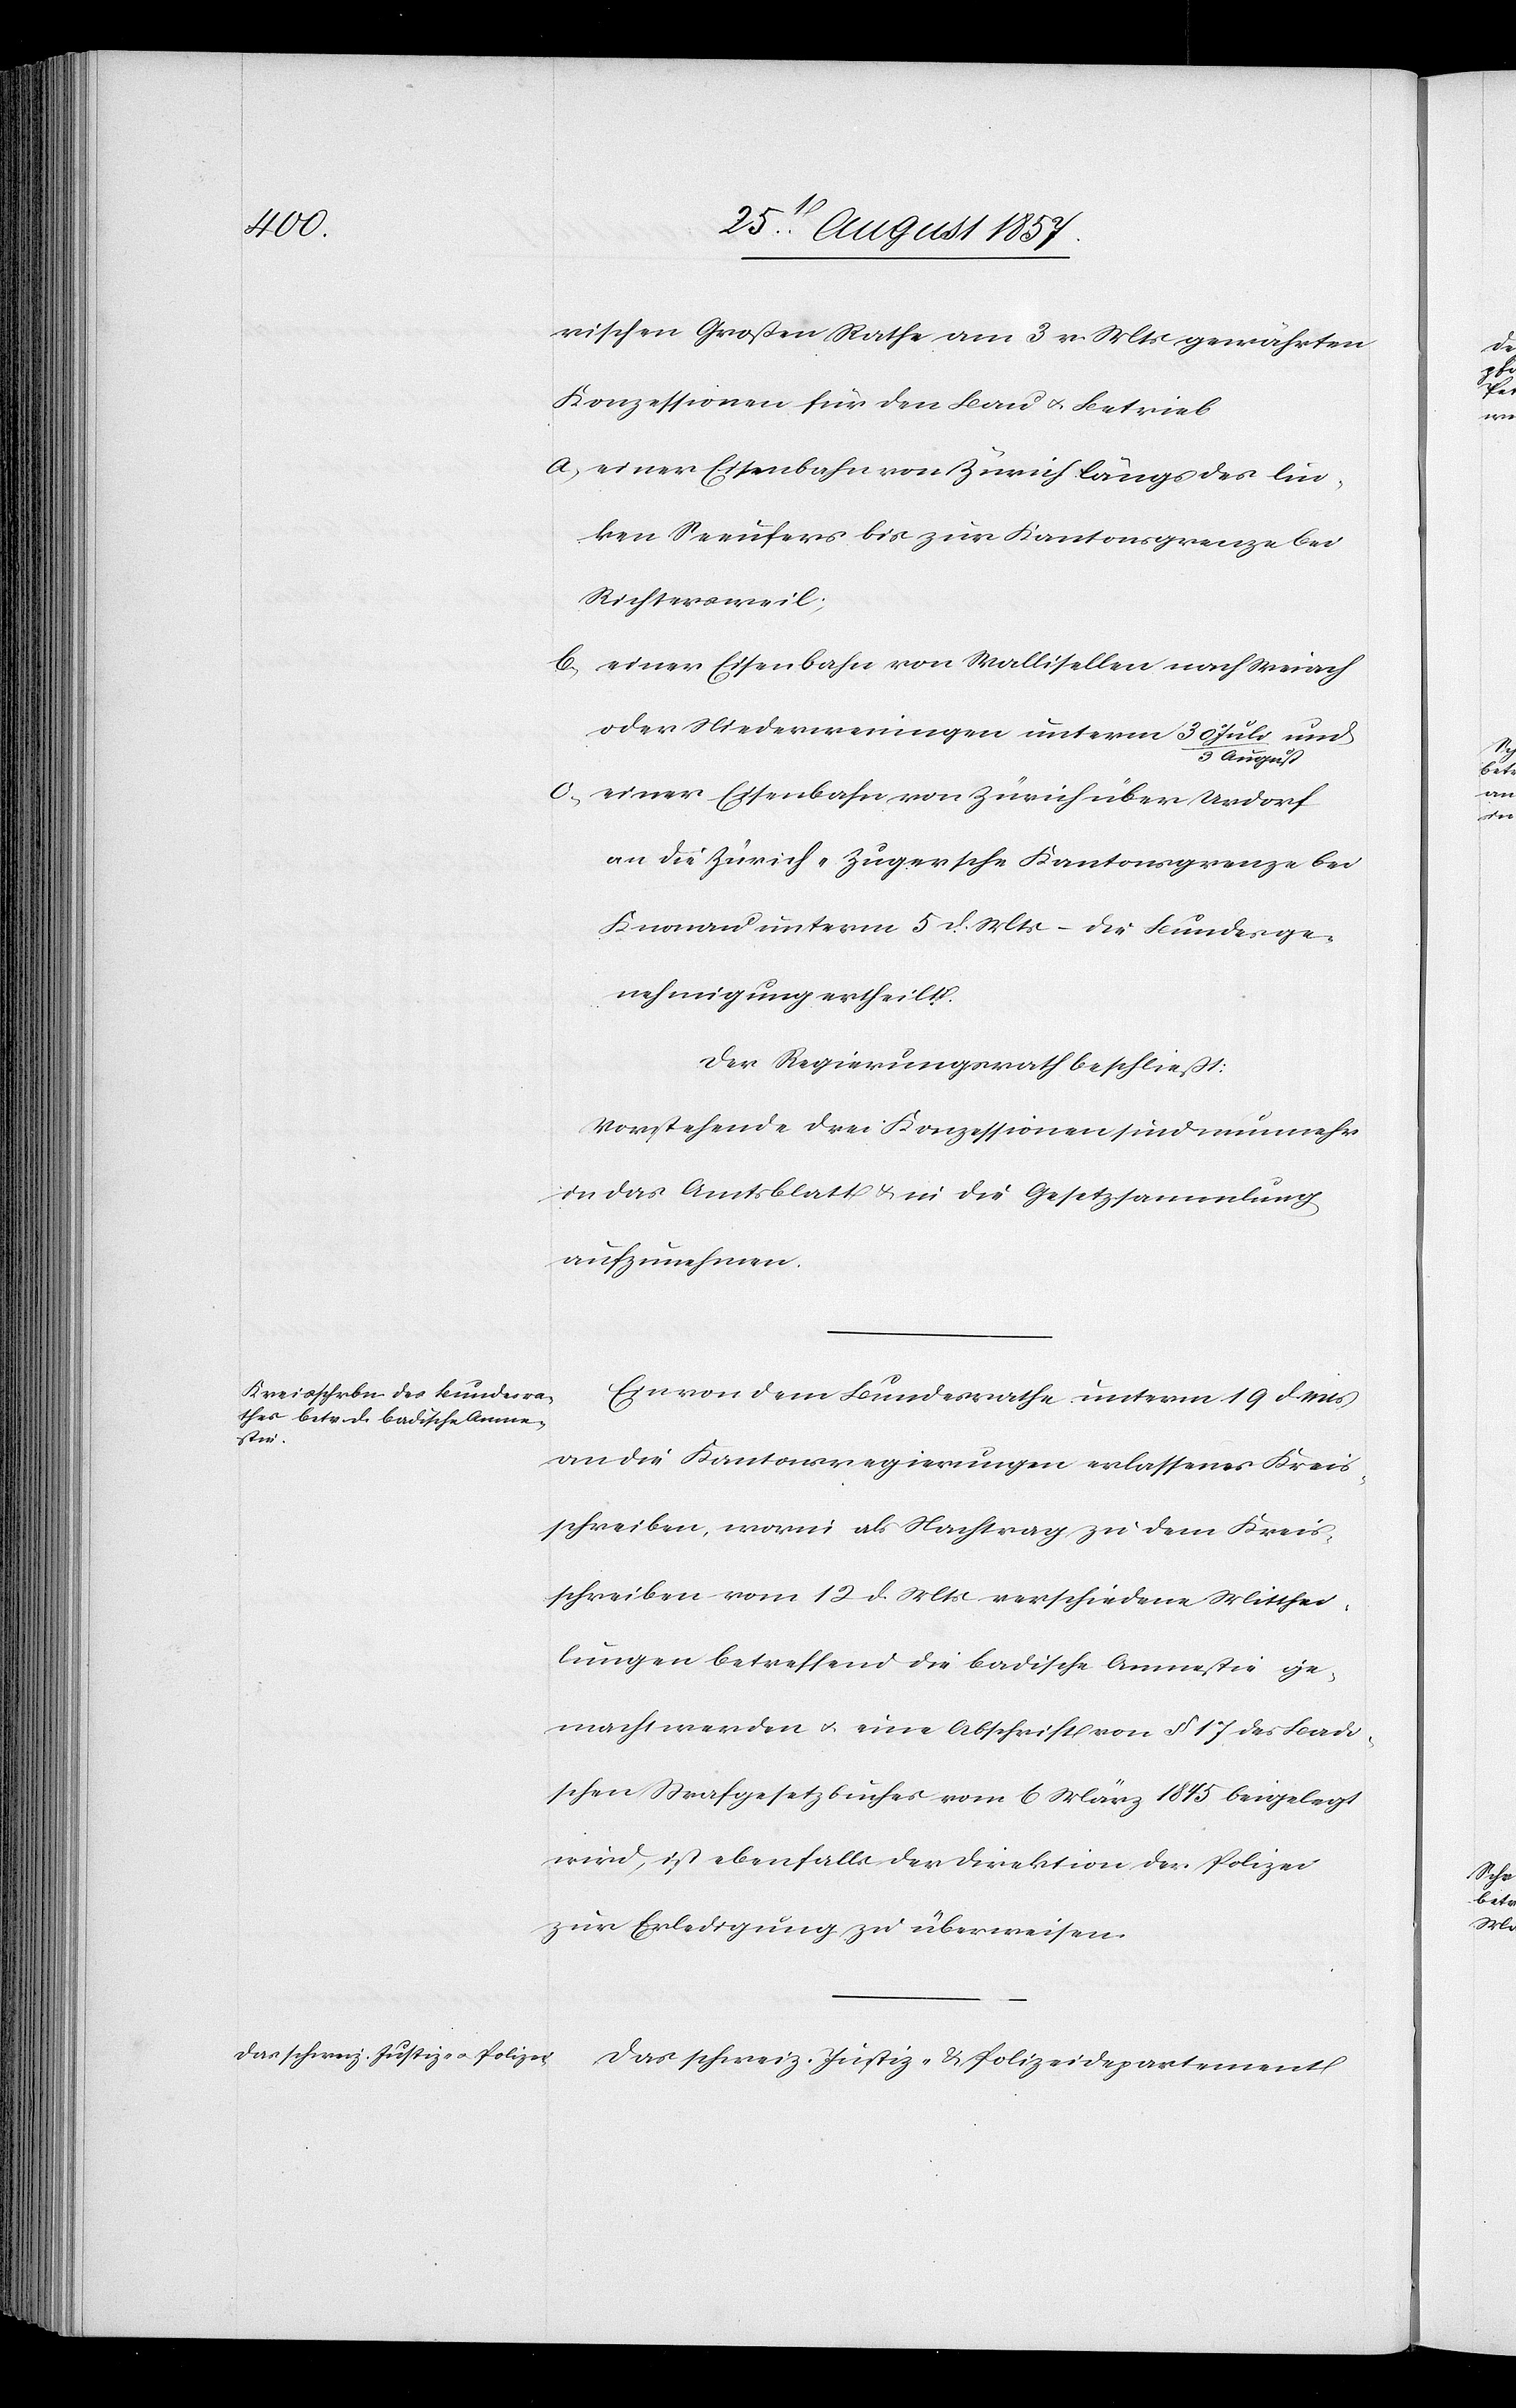
rischen Großen Rathe am 3 v. Mts. gewährten
Konzessionen für den Bau & Betrieb
a) einer Eisenbahn von Zürich längs des lin¬
ken Seeufers bis zur Kantonsgrenze bei
Richtersweil;
b) einer Eisenbahn von Wallisellen nach Weiach
oder Niederweningen unterm 30 Jul¬
i/3 August
c) einer Eisenbahn von Zürich über Urdorf
an die Zürich-Zugersche Kantonsgrenze bei
Knonau unterm 5 d. Mts. – die Bundesge¬
nehmigung ertheilt.
Der Regierungsrath beschließt:
Vorstehende drei Konzessionen sind nunmehr
in das Amtsblatt & in die Gesetzsammlung
aufzunehmen.
Ein von dem Bundesrathe unterm 19 d. Mts.
an die Kantonsregierungen erlassenes Kreis¬
schreiben, worin als Nachtrag zu dem Kreis¬
schreiben vom 12 d. Mts. verschiedene Mitthei¬
lungen betreffend die badische Amnestie ge¬
macht werden & eine Abschrift von § 17 des Badi¬
schen Strafgesetzbuches vom 6 März 1845 beigelegt
wird, ist ebenfalls der Direktion der Polizei
zur Erledigung zu überweisen.
Das schweiz. Justiz- & Polizeidepartement